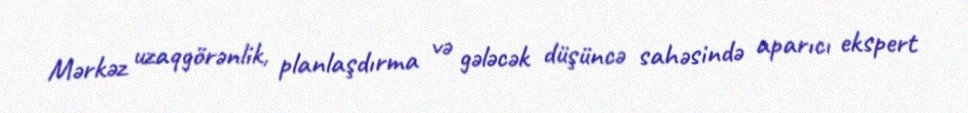
Mərkəz uzaqgörənlik, planlaşdırma və gələcək düşüncə sahəsində aparıcı ekspert